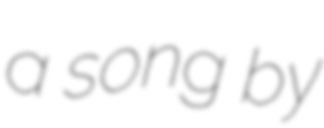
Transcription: a song by